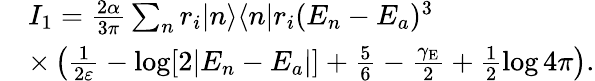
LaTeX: \begin{array}{rl}&{I_{1}=\frac{2\alpha}{3\pi}\sum_{n}r_{i}|n\rangle\langle n|r_{i}(E_{n}-E_{a})^{3}}\\ &{\times\left(\frac{1}{2\varepsilon}-\log[2|E_{n}-E_{a}|]+\frac{5}{6}-\frac{\gamma_{\mathrm{E}}}{2}+\frac{1}{2}\log 4\pi\right).}\end{array}